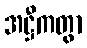
အဋ္ဌီကတွာ